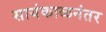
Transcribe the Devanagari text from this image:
सायंकाळनंतर